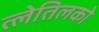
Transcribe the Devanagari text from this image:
त्लेतिलको